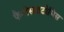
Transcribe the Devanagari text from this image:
फैगोसाइटोसिस